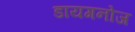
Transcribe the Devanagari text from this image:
डायगनोज